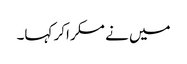
میں نے مسکراکر کہا۔